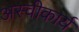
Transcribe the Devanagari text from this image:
अस्‍वीकार्य